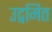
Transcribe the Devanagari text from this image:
उद्गमित